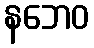
နဘေဝ